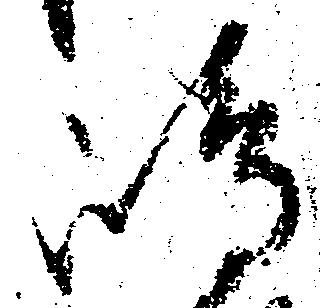
嶋